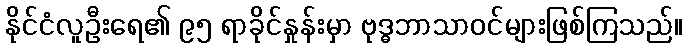
နိုင်ငံလူဦးရေ၏ ၉၅ ရာခိုင်နှုန်းမှာ ဗုဒ္ဓဘာသာဝင်များဖြစ်ကြသည်။